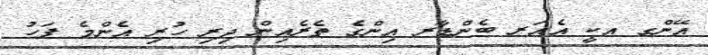
އޭންގ އކީ އެއަރ ބެންޑާރ އިންގެ ތެރެއިން ދިރި ހުރި އެންމެ ފަހު